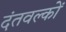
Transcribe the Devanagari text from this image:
दंतवल्कों